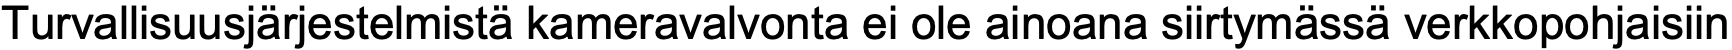
Turvallisuusjärjestelmistä kameravalvonta ei ole ainoana siirtymässä verkkopohjaisiin